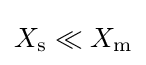
X_{\text{s}}\ll X_{\text{m}}